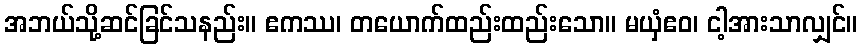
အဘယ်သို့ဆင်ခြင်သနည်း။ ဧကဿ၊ တယောက်ထည်းထည်းသော။ မယှံဧဝ၊ ငါ့အားသာလျှင်။